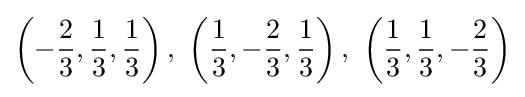
\left(-{\frac {2}{3}},{\frac {1}{3}},{\frac {1}{3}}\right),\ \left({\frac {1}{3}},-{\frac {2}{3}},{\frac {1}{3}}\right),\ \left({\frac {1}{3}},{\frac {1}{3}},-{\frac {2}{3}}\right)